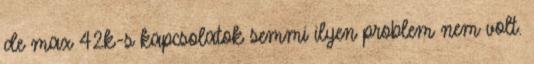
de max 42k-s kapcsolatok semmi ilyen problem nem volt.